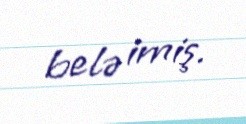
belə imiş.